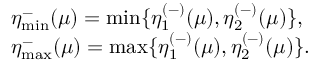
\begin{array} { r l } & { \eta _ { \operatorname* { m i n } } ^ { - } ( \mu ) = \operatorname* { m i n } \{ \eta _ { 1 } ^ { ( - ) } ( \mu ) , \eta _ { 2 } ^ { ( - ) } ( \mu ) \} , } \\ & { \eta _ { \operatorname* { m a x } } ^ { - } ( \mu ) = \operatorname* { m a x } \{ \eta _ { 1 } ^ { ( - ) } ( \mu ) , \eta _ { 2 } ^ { ( - ) } ( \mu ) \} . } \end{array}